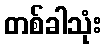
တစ်ခါသုံး